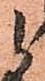
候